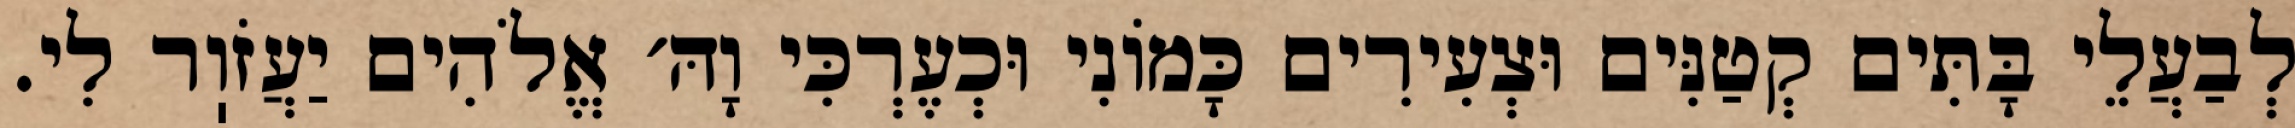
לְבַעֲלֵי בָּתִּים קְטַנִּים וּצְעִירִים כָּמוֹנִי וּכְעֶרְכִּי וָהּ׳ אֱלֹהִים יַעֲזֹוֽר לִי.